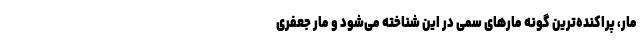
مار، پراکنده‌ترین گونه‌ مارهای سمی در این شناخته می‌شود و مار جعفری